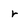
Character: r